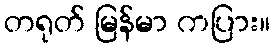
တရုတ် မြန်မာ ကပြား။